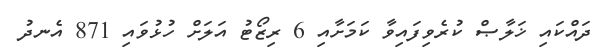
ދައްކައި ޚަލާޞް ކުރެވިފައިވާ ކަމަށާއި 6 ރިޒޯޓު އަލަށް ހުޅުވައި 871 އެނދު